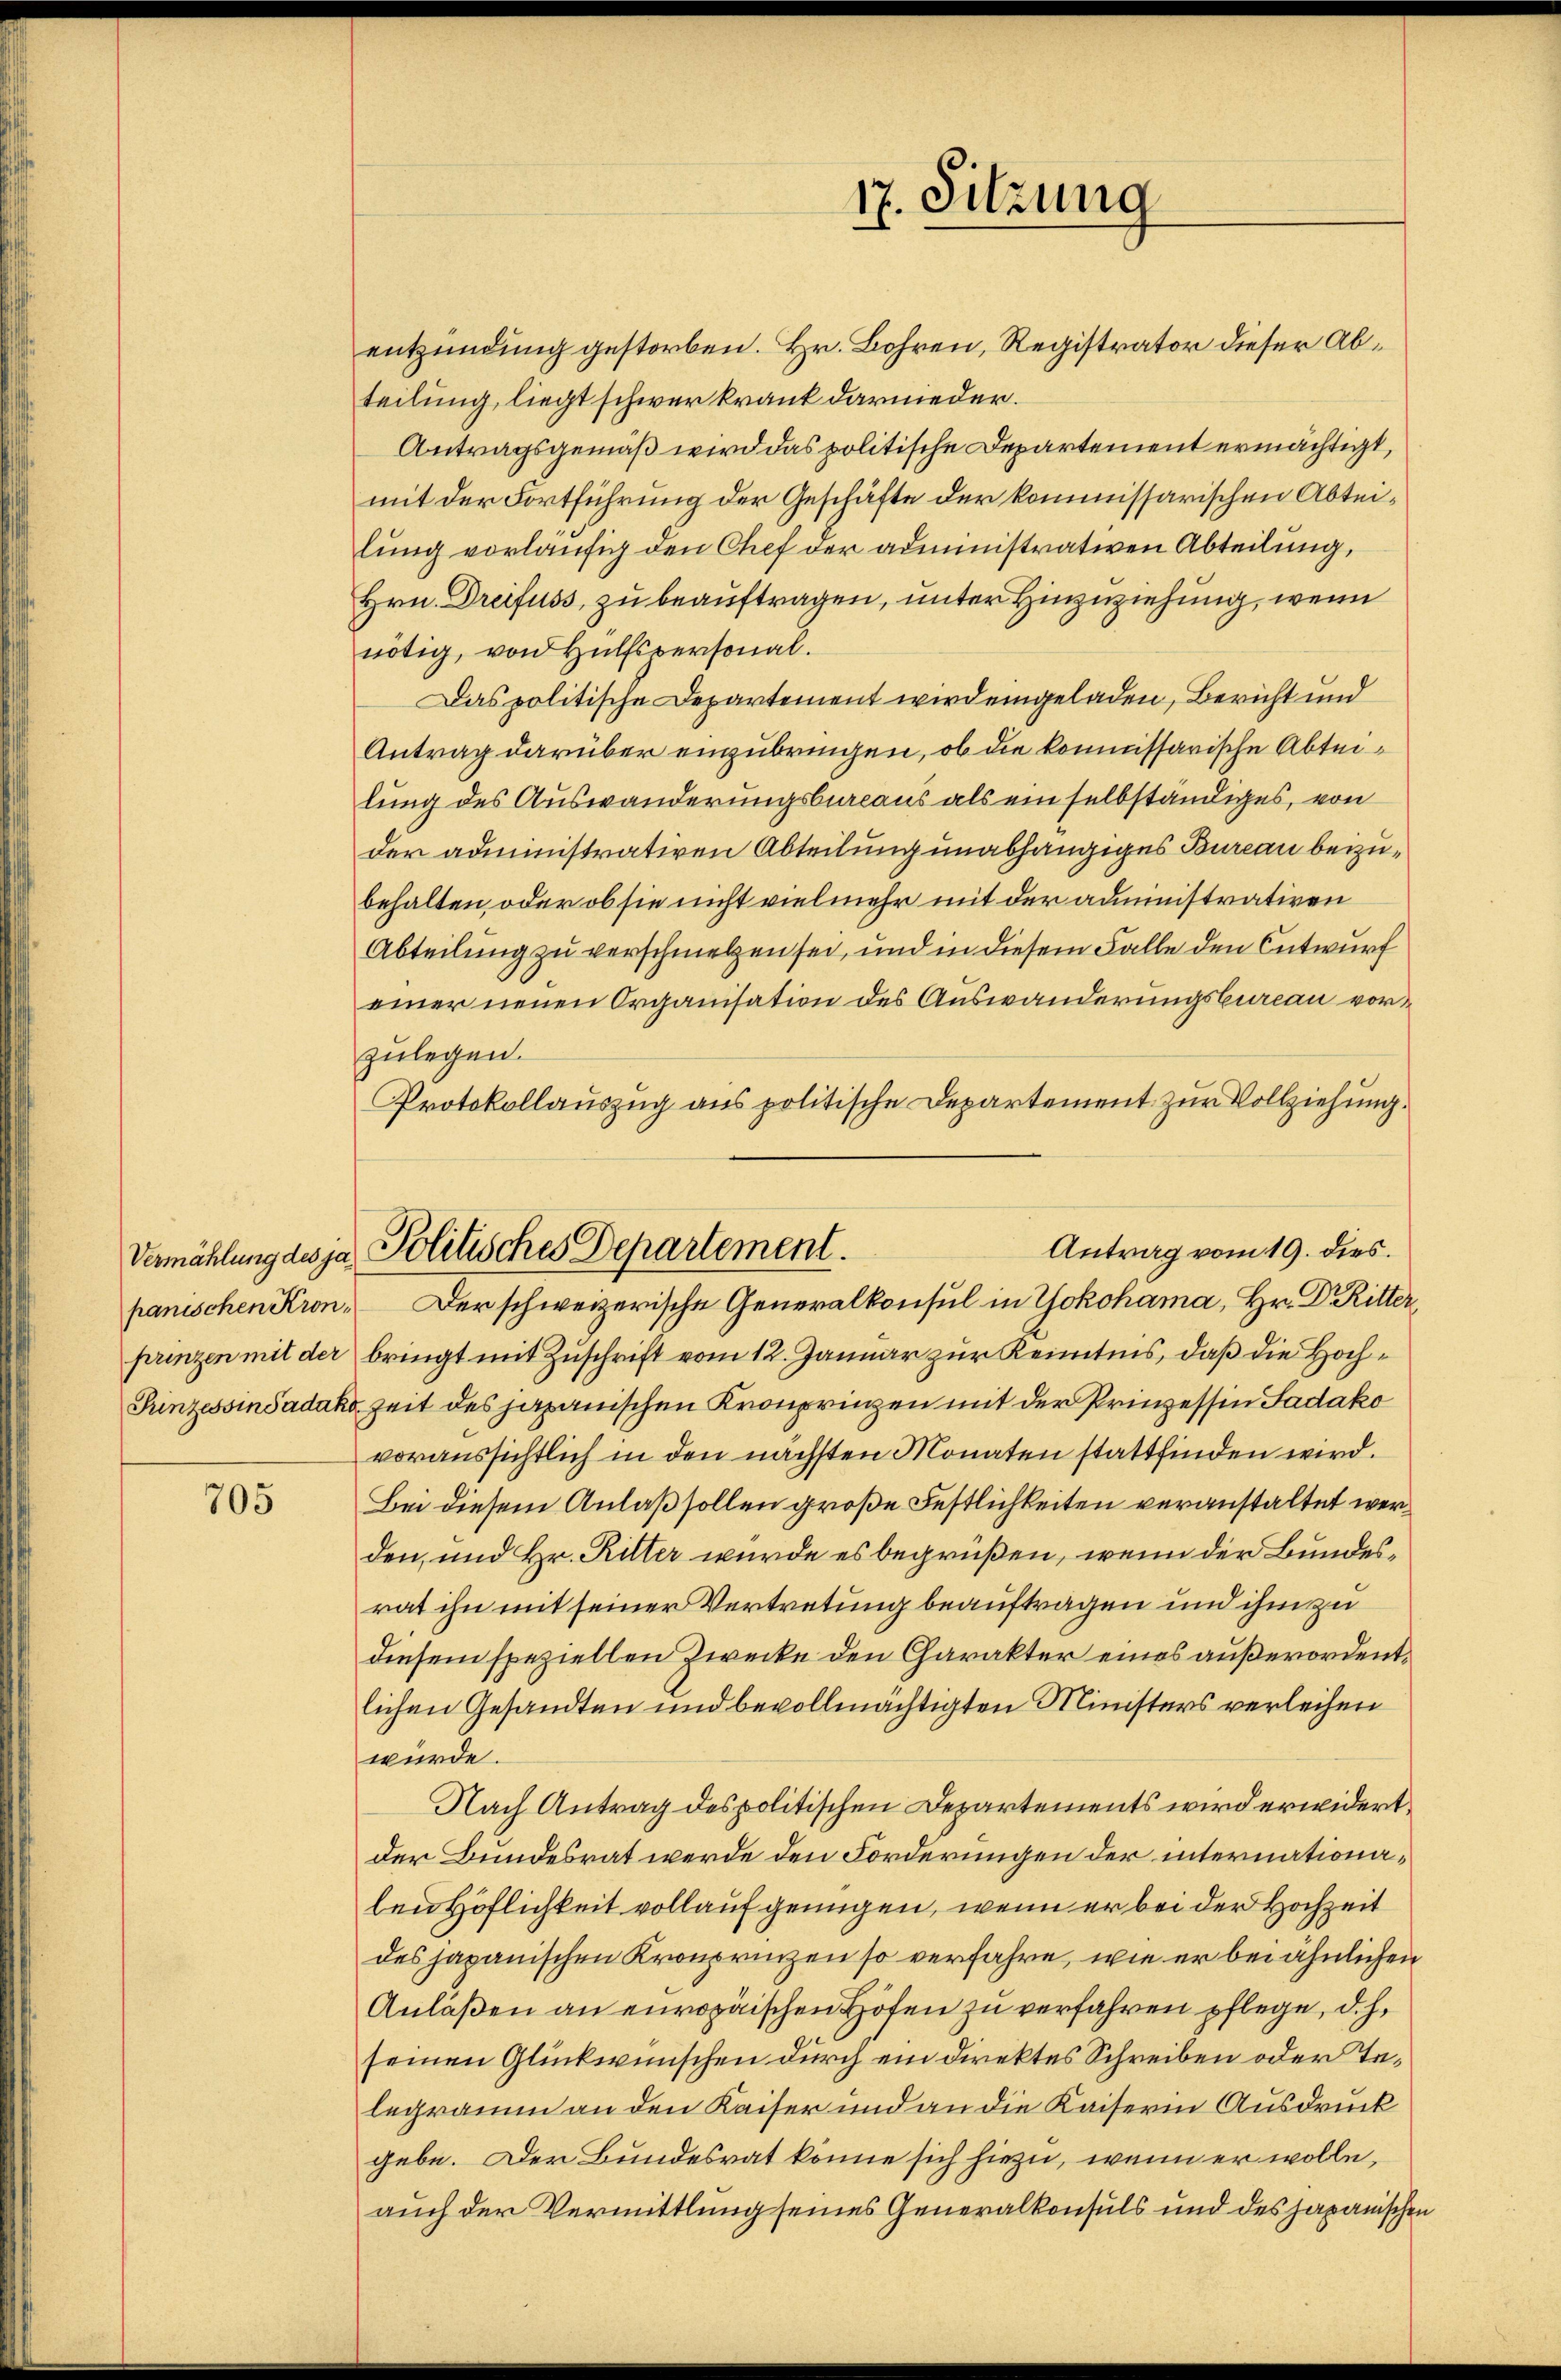
Vermählung des ja
panischen Kron¬

705

entzündung gestorben. Hr. Bohren, Registrator dieser Abteilung, liegt schwer krank darnieder.
Antragsgemäß wird das politische Departement ermächtigt,
mit der Fortführung der Geschäfte der kommissarischen Abteilung vorläufig den Chef der administrativen Abteilung,
Hrn. Dreifuss, zu beauftragen, unter Hinzuziehung, wenn
nötig, von Hülfspersonal.
Das politische Departement wird eingeladen, Bericht und
Antrag darüber einzubringen, ob die kommissarische Abteilung des Auswanderungsbureaus als ein selbständiges, von
der administrativen Abteilung unabhängiges Bureau beizubehalten, oder ob sie nicht vielmehr mit der administrativen
Abteilung zu verschmelzen sei, und in diesem Falle den Entwurf
einer neuen Organisation des Auswanderungsbureau vorzulegen.
Protokollauszug aus politische Departement zur Vollziehung.
prinzen mit der bringt mit Zuschrift vom 12. Januar zur Kenntnis, daß die Hoch¬
Prinzessinsadako Zeit des japanischen Kronprinzen mit der Prinzessin Sadako
voraussichtlich in den nächsten Monaten stattfinden wird.
Bei diesem Anlaß sollen große Festlichkeiten veranstaltet werden, und Hr. Ritter wurde es begrüßen, wenn der Bundesrat ihn mit seiner Vertretung beauftragen und ihm zu
diesem speziellen Zwecke den Charakter eines außerordentlichen Gesandten und bevollmächtigten Ministers verleihen
würde.
Nach Antrag des politischen Departements wird erwidert,
der Bundesrat werde den Forderungen der internationalen Höflichkeit vollauf genügen, wenn er bei der Hochzeit
des japanischen Kronprinzen so verfahre, wie er bei ähnlichen
Anläßen an europäischen Höfen zu verfahren pflege, d. h.
seinen Glückwünschen durch ein direktes Schreiben oder Telegramm an den Kaiser und an die Kaiserin Ausdruck
gebe. Der Bundesrat könne sich hiezu, wenn er wolle,
auch der Vermittlung seines Generalkonsuls und des japanischen

17. Sitzung

Antrag vom 19. dies.
Politisches Departement.
Der schweizerische Generalkonsul in Yokohama, Hr. Dr Ritter,